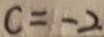
c = - 2